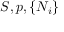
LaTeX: S , p , \{ N _ { i } \}